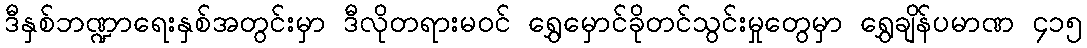
ဒီနှစ်ဘဏ္ဍာရေးနှစ်အတွင်းမှာ ဒီလိုတရားမဝင် ရွှေမှောင်ခိုတင်သွင်းမှုတွေမှာ ရွှေချိန်ပမာဏ ၄၁၅